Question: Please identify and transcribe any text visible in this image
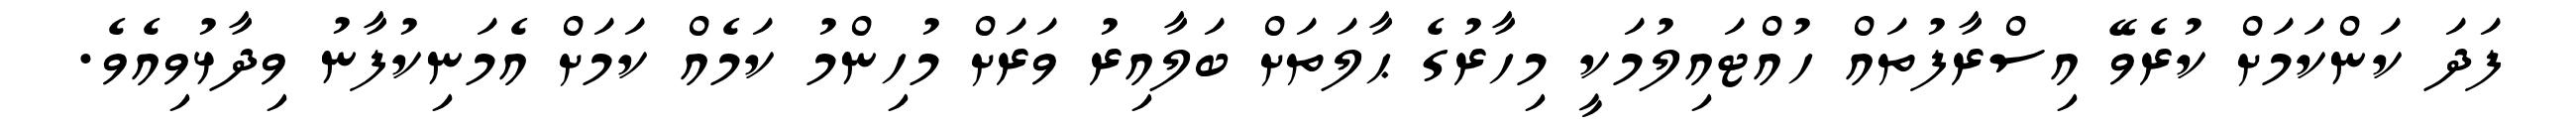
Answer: ފަދަ ކަންކަމަށް ކުރެވޭ އިސްރާފުތައް ހުއްޓައިލުމަކީ މިހާރުގެ ޙާލަތަށް ބަލާއިރު ވަރަށް މުހިންމު ކަމެއް ކަމަށް އެމަނިކުފާނު ވިދާޅުވިއެވެ.